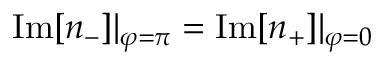
\mathrm { I m } [ n _ { - } ] | _ { \varphi = \pi } = \mathrm { I m } [ n _ { + } ] | _ { \varphi = 0 }